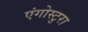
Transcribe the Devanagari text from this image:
एंगोस्टुरा